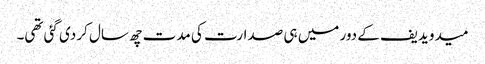
میدویدیف کے دور میں ہی صدارت کی مدت چھ سال کر دی گئی تھی۔